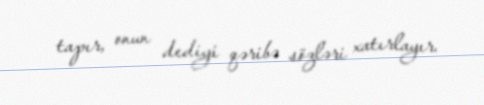
tapır, onun dediyi qəribə sözləri xatırlayır.